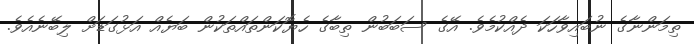
ތިމަންނާގެ ނުބައިވާހަކަ ދެއްކުމެވެ. އޭގެ ސަބަބުން ތިިބާގެ ހެޔޮކަންތައްތަކުން ބަޔެއް އަޅުގަޑަށް ލިބޭނެއެވެ.